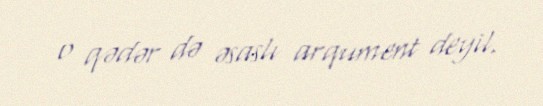
o qədər də əsaslı arqument deyil.